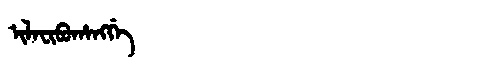
Manchu: ᡳᠯᠠᠸᡳᠪᡠᡥᠠᠩᡤᡝ
Romanization: ILAFIBUHANGGE